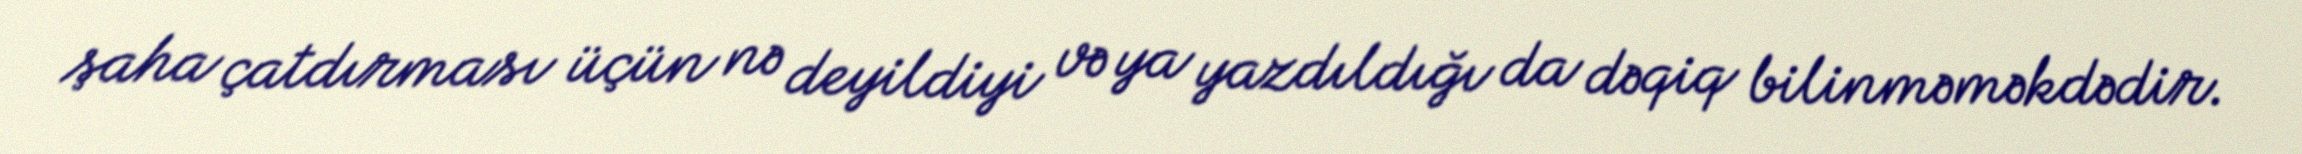
şaha çatdırması üçün nə deyildiyi və ya yazdıldığı da dəqiq bilinməməkdədir.